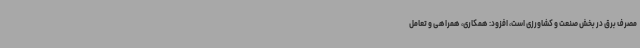
مصرف برق در بخش صنعت و کشاورزی است، افزود: همکاری، همراهی و تعامل